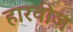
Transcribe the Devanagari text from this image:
हारवीज